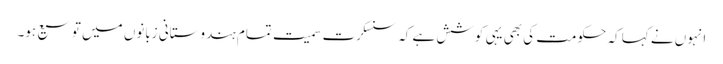
انہوں نے کہا کہ حکومت کی بھی یہی کوشش ہے کہ سنسکرت سمیت تمام ہندوستانی زبانوں میں توسیع ہو۔